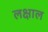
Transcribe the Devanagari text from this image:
लक्षाल